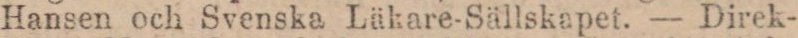
Hansen och Svenska Läkare-Sällskapet. — Direk-